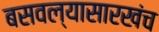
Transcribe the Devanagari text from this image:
बसवल्यासारखंच